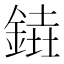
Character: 𨩒